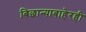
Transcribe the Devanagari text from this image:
बिछान्याबाहेरही